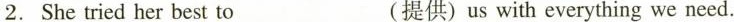
2. She tried her best to___ (提供) us with everything we need.